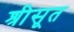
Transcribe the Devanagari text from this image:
श्रीसूत